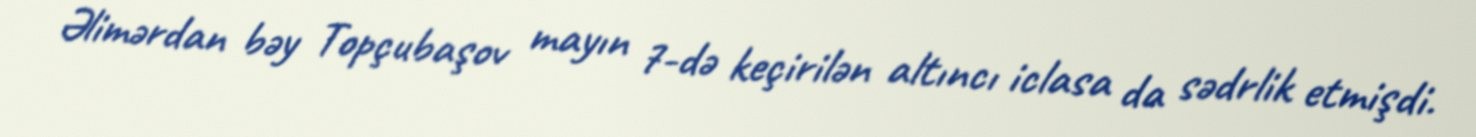
Əlimərdan bəy Topçubaşov mayın 7-də keçirilən altıncı iclasa da sədrlik etmişdi.